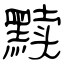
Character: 黩